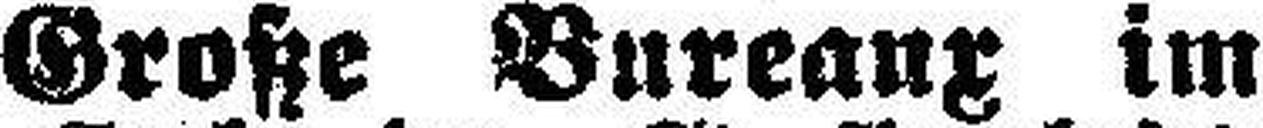
Große Bureaux im